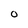
Character: O